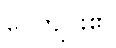
ပေကျင်း၏